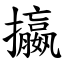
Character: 攍